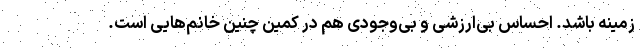
زمینه باشد. احساس بی‌ارزشی و بی‌وجودی هم در کمین چنین خانم‌هایی است.